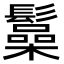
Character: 𩯟